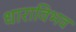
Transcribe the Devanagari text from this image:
धाराविभव